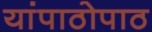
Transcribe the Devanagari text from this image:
यांपाठोपाठ